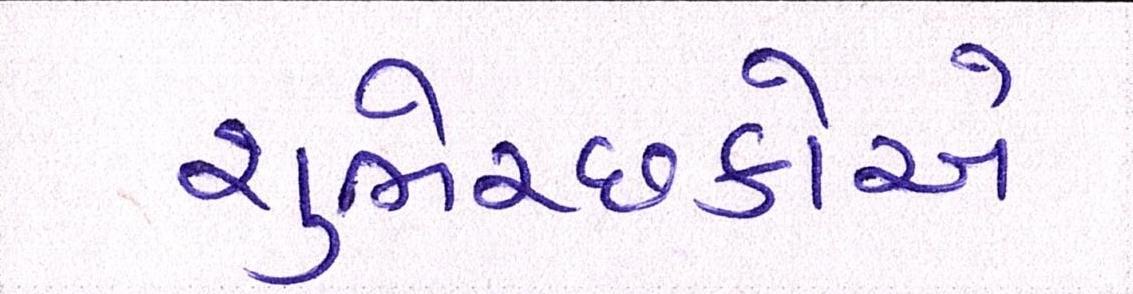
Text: શુભેચ્છકોએ